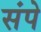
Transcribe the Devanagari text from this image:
संपे